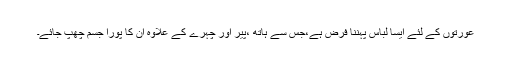
عورتوں کے لئے ایسا لباس پہننا فرض ہے،جس سے ہاتھ ،پیر اور چہرے کے علاوہ ان کا پورا جسم چھپ جائے۔